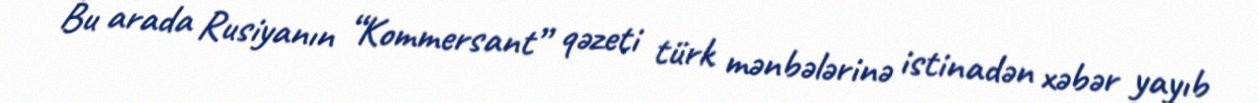
Bu arada Rusiyanın “Kommersant” qəzeti türk mənbələrinə istinadən xəbər yayıb